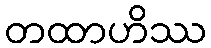
တထာဟိဿ